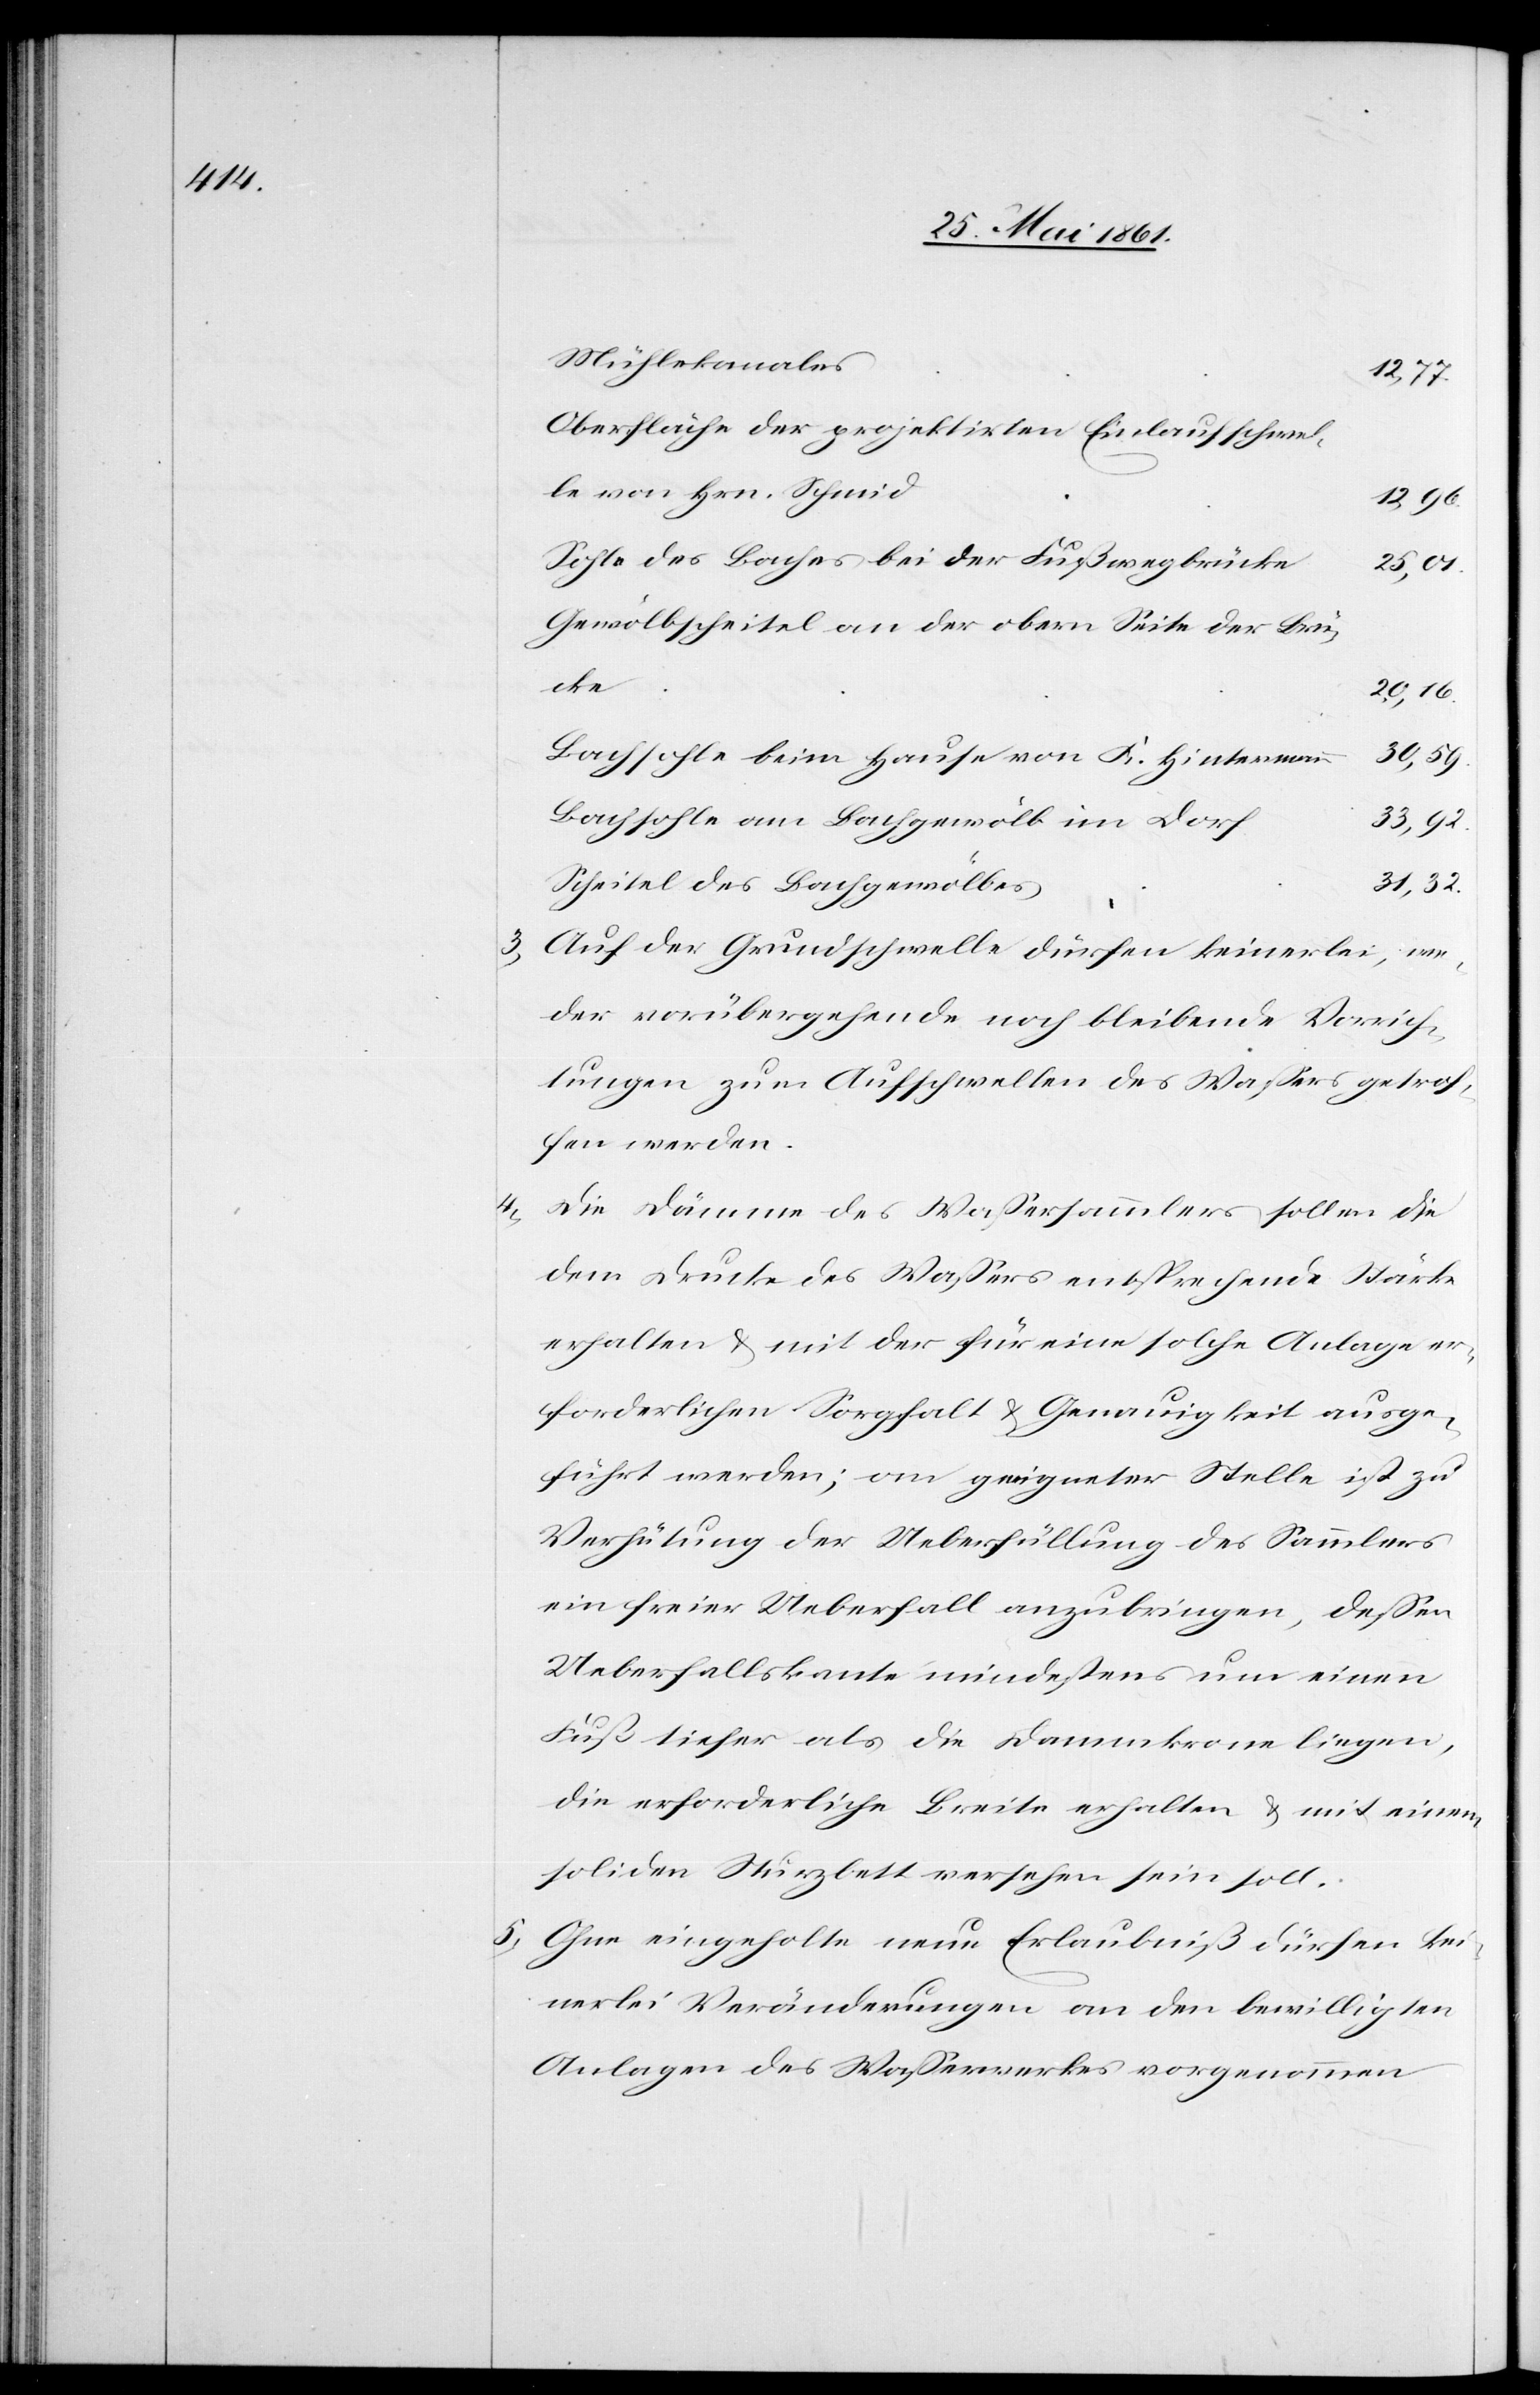
3)

Mühlekanales
12,77
Oberfläche der projektirten Einlaufschwel¬
le von Hrn. Schmid
12,96
Sohle des Baches bei der Fußwegbrücke
25,01
Gewölbscheitel an der obern Seite der Brü¬
cke
20,16
Bachsohle beim Hause von K. Hintermann
Bachsohle am Bachgewölb im Dorf
33,92
31,32
Scheitel des Bachgewölbes
Auf der Grundschwelle dürfen keinerlei, we¬
der vorübergehende noch bleibende Vorrich¬
tungen zum Aufschwellen des Wassers getrof¬
fen werden.
Die Dämme des Wassersammlers sollen die
dem Drucke des Wassers entsprechende Stärke
erhalten u. mit der für eine solche Anlage er¬
forderlichen Sorgfalt u. Genauigkeit ausge¬
führt werden; an geeigneter Stelle ist zu
Verhütung der Ueberfüllung des Sammlers
ein freier Ueberfall anzubringen, dessen
Ueberfallskante mindestens um einen
Fuß tiefer als die Dammkrone liegen,
die erforderliche Breite erhalten u. mit einem
soliden Sturzbett versehen sein soll.
5) Ohne eingeholte neue Erlaubniß dürfen kei¬
nerlei Veränderungen an den bewilligten
Anlagen des Wasserwerkes vorgenommen